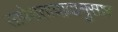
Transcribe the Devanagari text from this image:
सापेक्षतावादानुसार